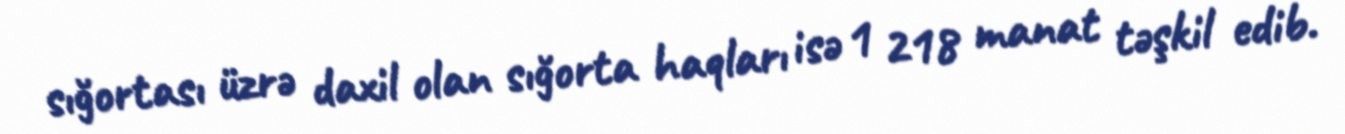
sığortası üzrə daxil olan sığorta haqları isə 1 218 manat təşkil edib.